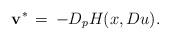
LaTeX: \begin{align*}{\bf v}^*\,=\,-D_pH(x,Du).\end{align*}